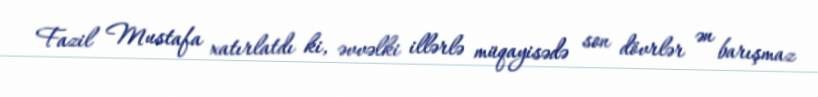
Fazil Mustafa xatırlatdı ki, əvvəlki illərlə müqayisədə son dövrlər ən barışmaz